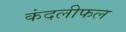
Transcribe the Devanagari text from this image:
कंदलीफल